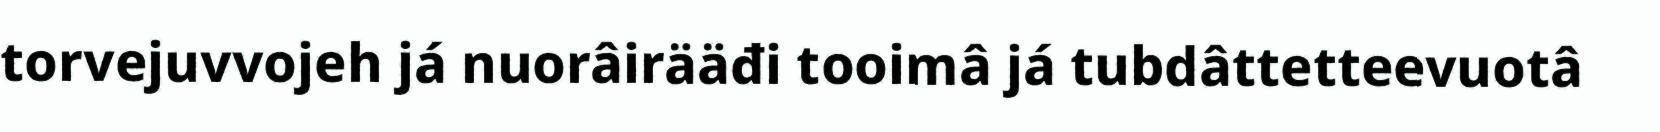
torvejuvvojeh já nuorâirääđi tooimâ já tubdâttetteevuotâ